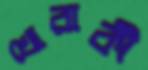
খোরাকী